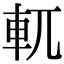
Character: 軏